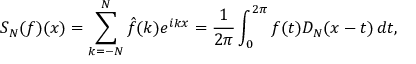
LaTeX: S _ { N } ( f ) ( x ) = \sum _ { k = - N } ^ { N } { \hat { f } } ( k ) e ^ { i k x } = { \frac { 1 } { 2 \pi } } \int _ { 0 } ^ { 2 \pi } f ( t ) D _ { N } ( x - t ) \, d t ,